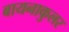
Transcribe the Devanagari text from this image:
बायनाकुलर